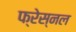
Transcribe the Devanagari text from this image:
फ्रेस्नल